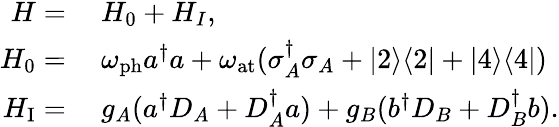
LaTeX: \begin{array}{rl}{H=}&{{}~H_{0}+H_{I},}\\ {H_{0}=}&{{}~\omega_{\mathrm{ph}}a^{\dagger}{a}+\omega_{\mathrm{at}}(\sigma_{A}^{\dagger}\sigma_{A}+|2\rangle\langle 2|+|4\rangle\langle 4|)}\\ {H_{\mathrm{I}}=}&{{}~g_{A}(a^{\dagger}D_{A}+D_{A}^{\dagger}a)+g_{B}(b^{\dagger}D_{B}+D_{B}^{\dagger}b).}\end{array}